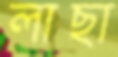
লাছা